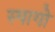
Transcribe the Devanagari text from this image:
स्पागो